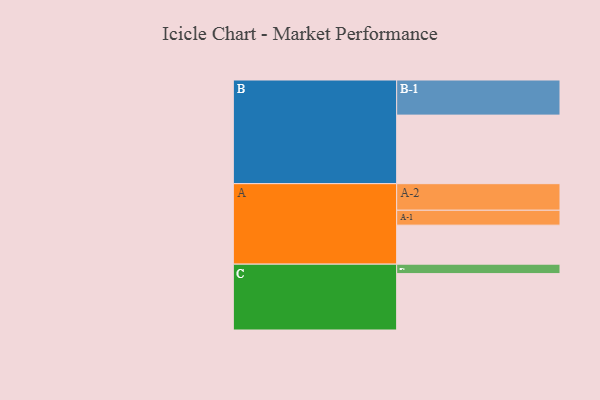
{"axis": {"x": "Segment", "y": "Value"}, "legend": ["", "A", "B", "C"], "data": [{"x": "A", "y": 301, "type": ""}, {"x": "B", "y": 529, "type": ""}, {"x": "C", "y": 435, "type": ""}, {"x": "A-1", "y": 115, "type": "A"}, {"x": "A-2", "y": 205, "type": "A"}, {"x": "B-1", "y": 271, "type": "B"}, {"x": "C-1", "y": 73, "type": "C"}]}